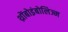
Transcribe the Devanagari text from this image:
थ्रोंबोइंबोलिज्म